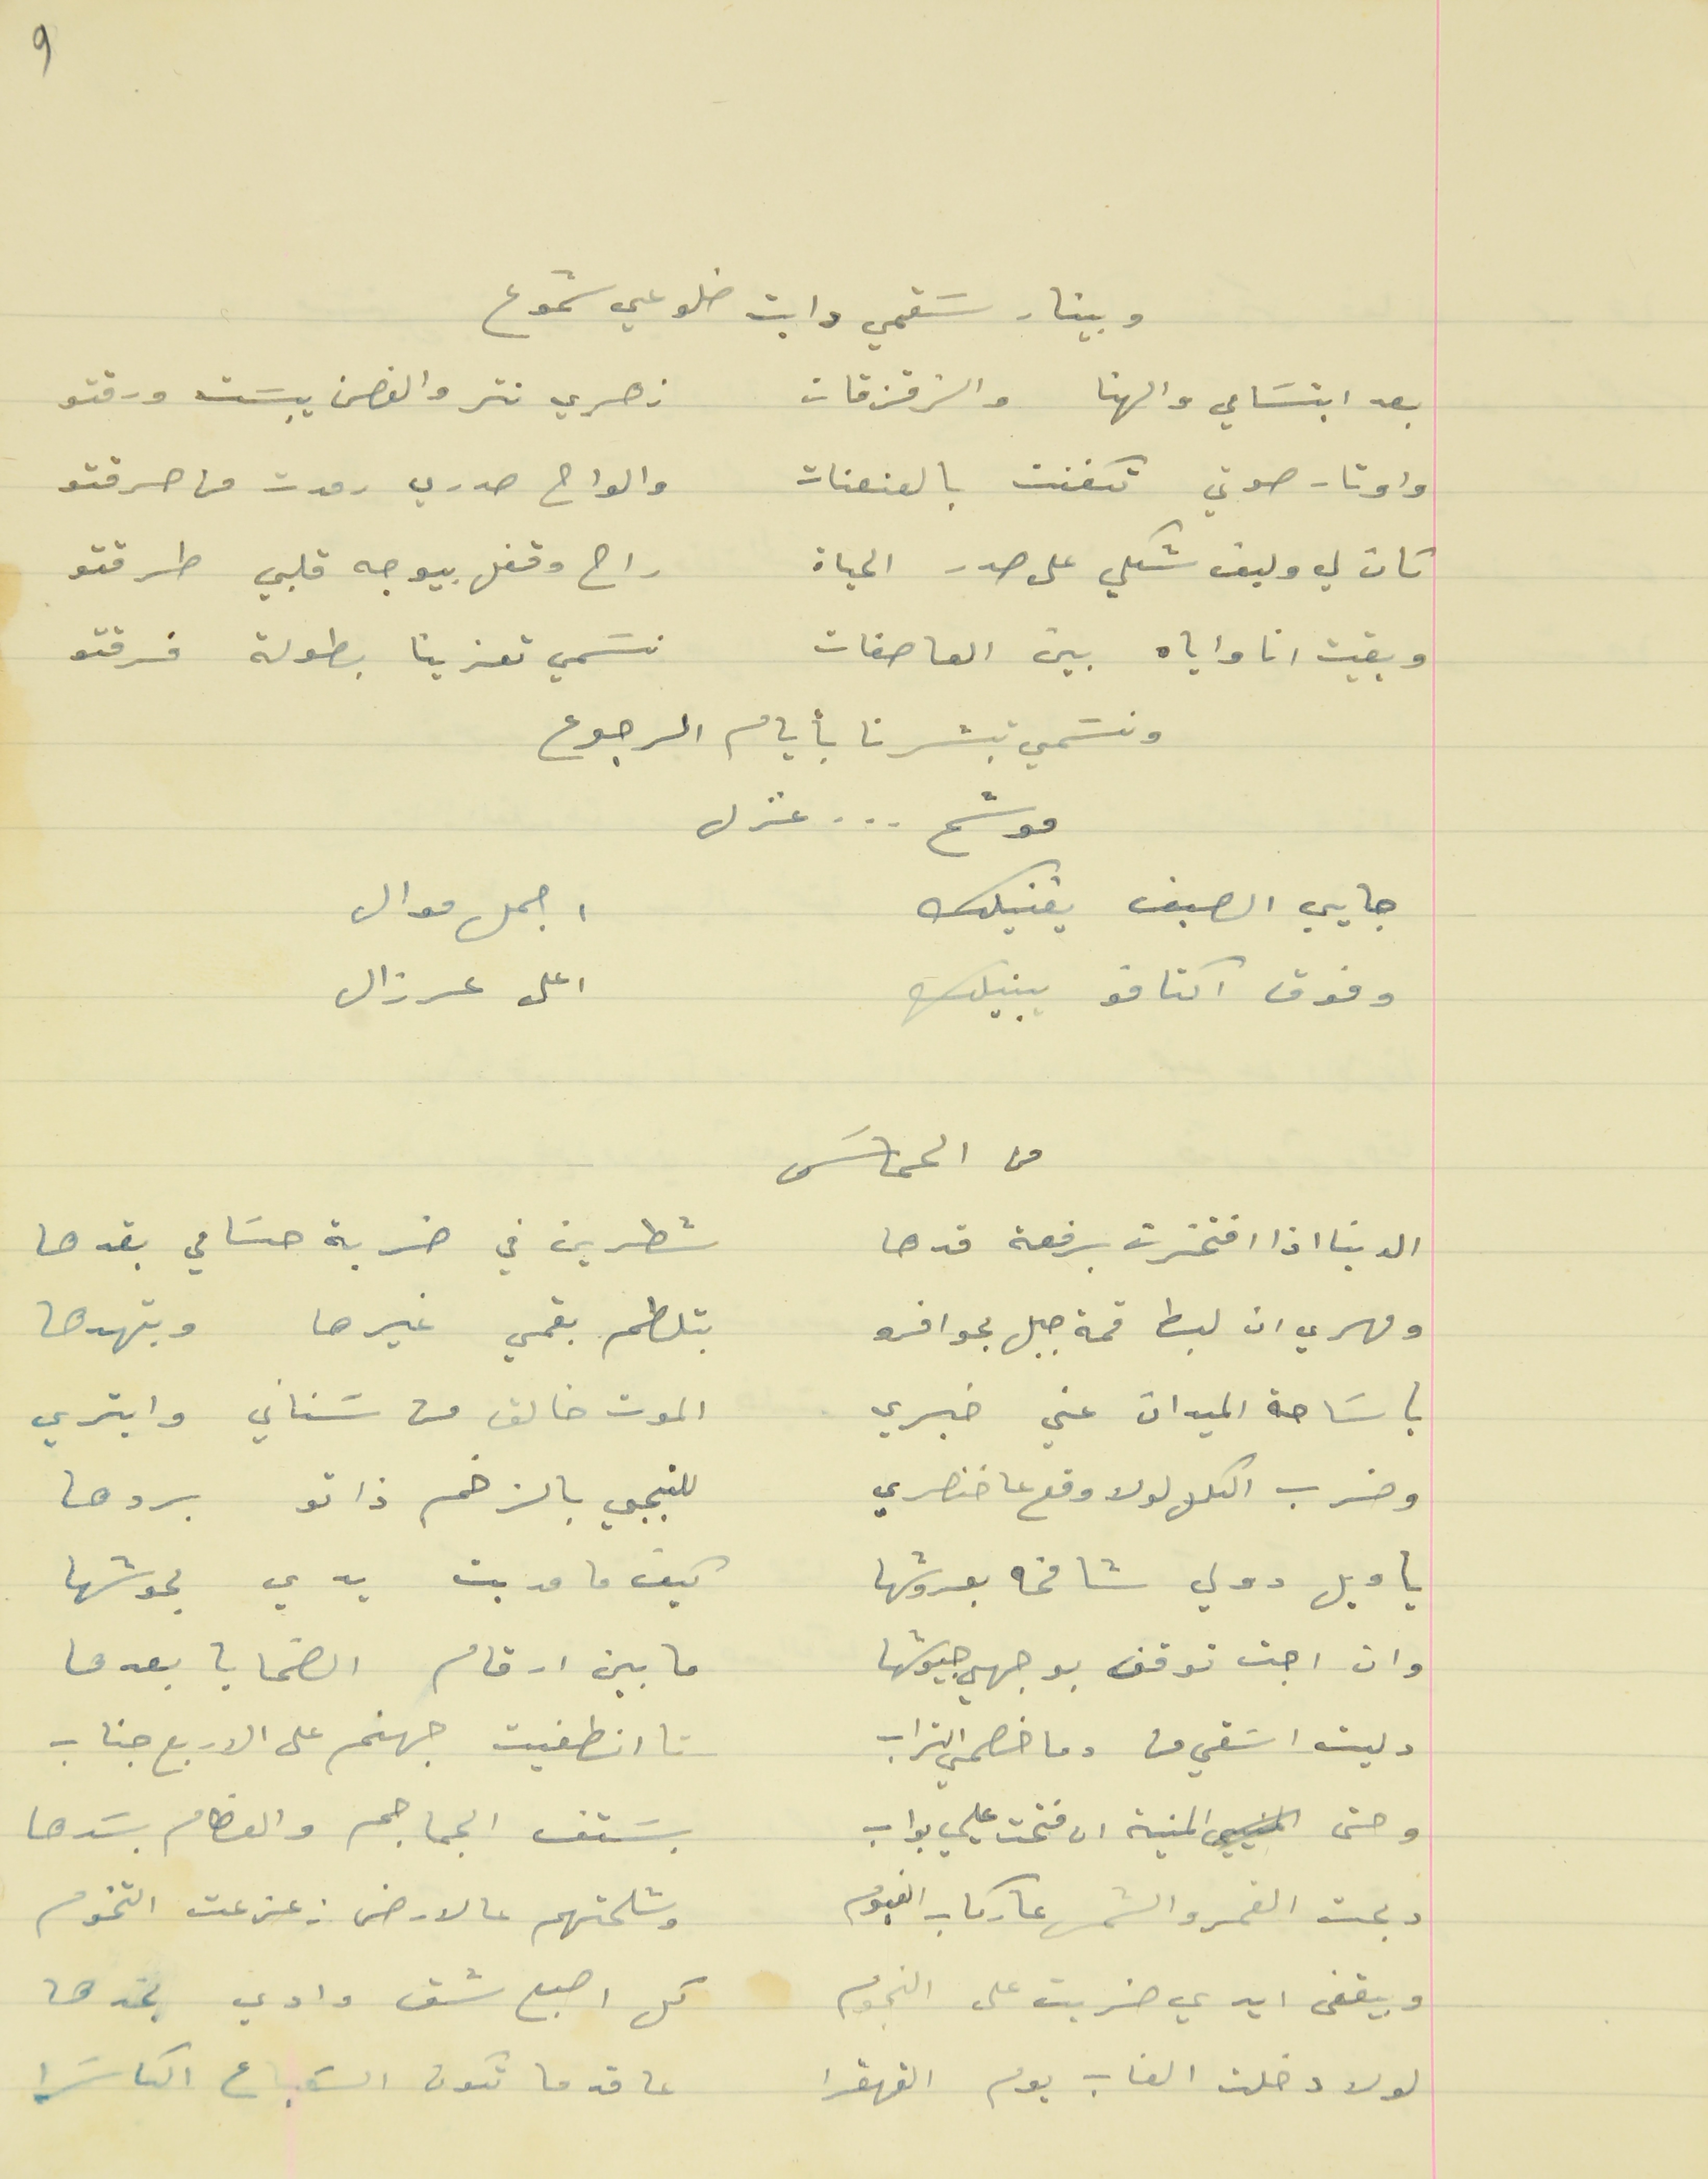
وبينار سَقمي دابت ضلوعي شموع
بعد ابتسَامي والهنا والزقزقات                    زهري نتر والغصن يبسَت ورقتو
واوتار صوتي تكفنت بالعنعنات                    والواح صدري رمدت من حرقتو
كان لي وليف شكلي على صدر الحياة                    راح وقفل بيوجه قلبي طرقتو
وبقيت انا واياه بين العاصفات                    نسَمي تعزينا بطولة فرقتو
ونسَمي تبشرنا بأيام الرجوع
موشح  . . . غزل
جايي الصيف يغنيلك                       اجمل موال
وفوق اكتافو يبنيلك                            اعلى عرزال
من الحماسَ
الدنيا اذا افتخترت برفعة قدها                    شطرين في ضربة حسَامي بقدها
ومهري ان لبط قمة جبل بحوافرو     بتلطم بقمي غيرها وبتهدها
يا سَاحة الميدان عني خبري                    الموت خالق من سَناني وابشري
وضرب التلال لولا وقع عا خنصري                     للنجمي بالزخم ذاتو بردها
يا ويل دولي شامخه بعروشها                    كيف ما مديت يدي بحوشها
وان اجت توقف بوجهي جيوشها                    ما بين ارقام الضحايا بعدها
وليت اسَقي منا وما خصمي التراب                    تا انطفيت جهنم على الاربع جناب
وحتى  المنية ان فتحت عليي بواب                     بسَتف الجماجم والعظام بسَدها
دبحت القمر والشمس عا ركاب الغيوم                    وشلحتهم عالارض زعزعت التخوم
وبيقفى ايدي ضربت على النجوم                    كل اصبع شق وادي بخدها
لولا دخلت الغاب يوم القهقرا                    عا قد ما تكون السَباع الكاسَرا